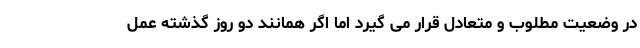
در وضعیت مطلوب و متعادل قرار می گیرد اما اگر همانند دو روز گذشته عمل